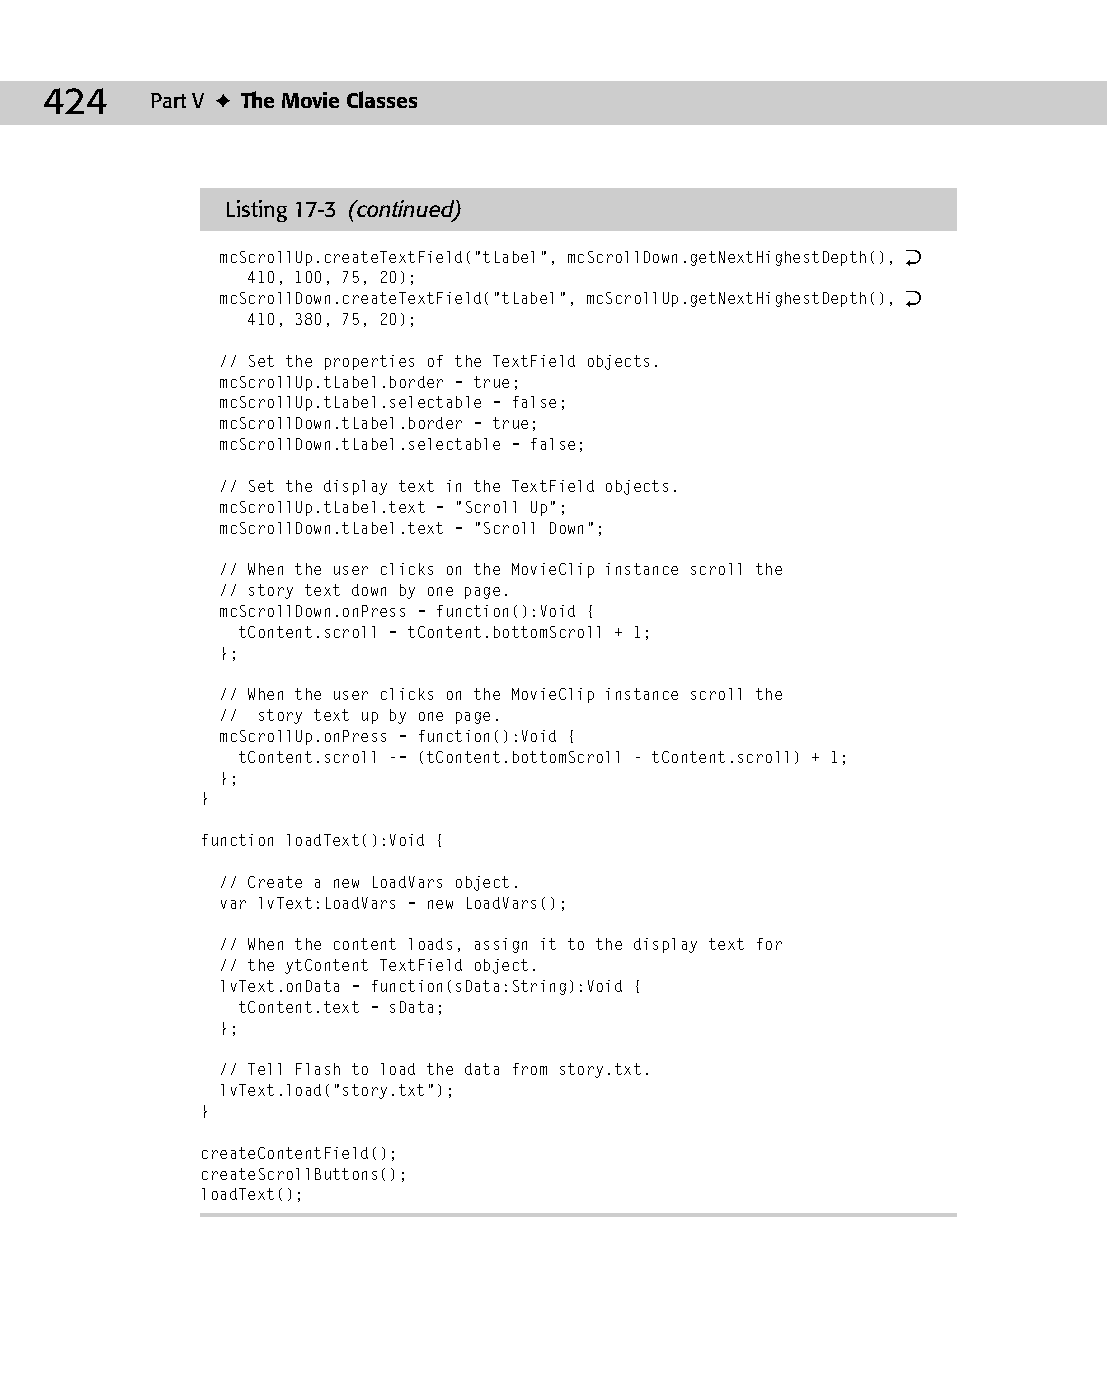
23 543547 ch17.qxd 3/24/04 4:11 PM Page 424
 424    Part V ✦ The Movie Classes
 Listing 17-3 (continued)
 mcScrollUp.createTextField(“tLabel”, mcScrollDown.getNextHighestDepth(), Æ
 410, 100, 75, 20);
 mcScrollDown.createTextField(“tLabel”, mcScrollUp.getNextHighestDepth(), Æ
 410, 380, 75, 20);
 // Set the properties of the TextField objects.
 mcScrollUp.tLabel.border = true;
 mcScrollUp.tLabel.selectable = false;
 mcScrollDown.tLabel.border = true;
 mcScrollDown.tLabel.selectable = false;
 // Set the display text in the TextField objects.
 mcScrollUp.tLabel.text = “Scroll Up”;
 mcScrollDown.tLabel.text = “Scroll Down”;
 // When the user clicks on the MovieClip instance scroll the
 // story text down by one page.
 mcScrollDown.onPress = function():Void {
 tContent.scroll = tContent.bottomScroll + 1;
 };
 // When the user clicks on the MovieClip instance scroll the
 // story text up by one page.
 mcScrollUp.onPress = function():Void {
 tContent.scroll -= (tContent.bottomScroll - tContent.scroll) + 1;
 };
 }
 function loadText():Void {
 // Create a new LoadVars object.
 var lvText:LoadVars = new LoadVars();
 // When the content loads, assign it to the display text for
 // the ytContent TextField object.
 lvText.onData = function(sData:String):Void {
 tContent.text = sData;
 };
 // Tell Flash to load the data from story.txt.
 lvText.load(“story.txt”);
 }
 createContentField();
 createScrollButtons();
 loadText();